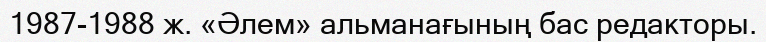
1987-1988 ж. «Әлем» альманағының бас редакторы.